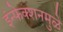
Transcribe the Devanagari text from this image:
इंन्फेक्शनमुळे